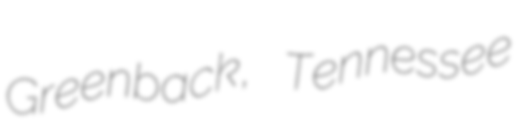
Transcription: Greenback, Tennessee